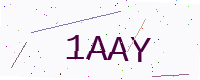
Text: 1AAY